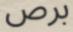
برص